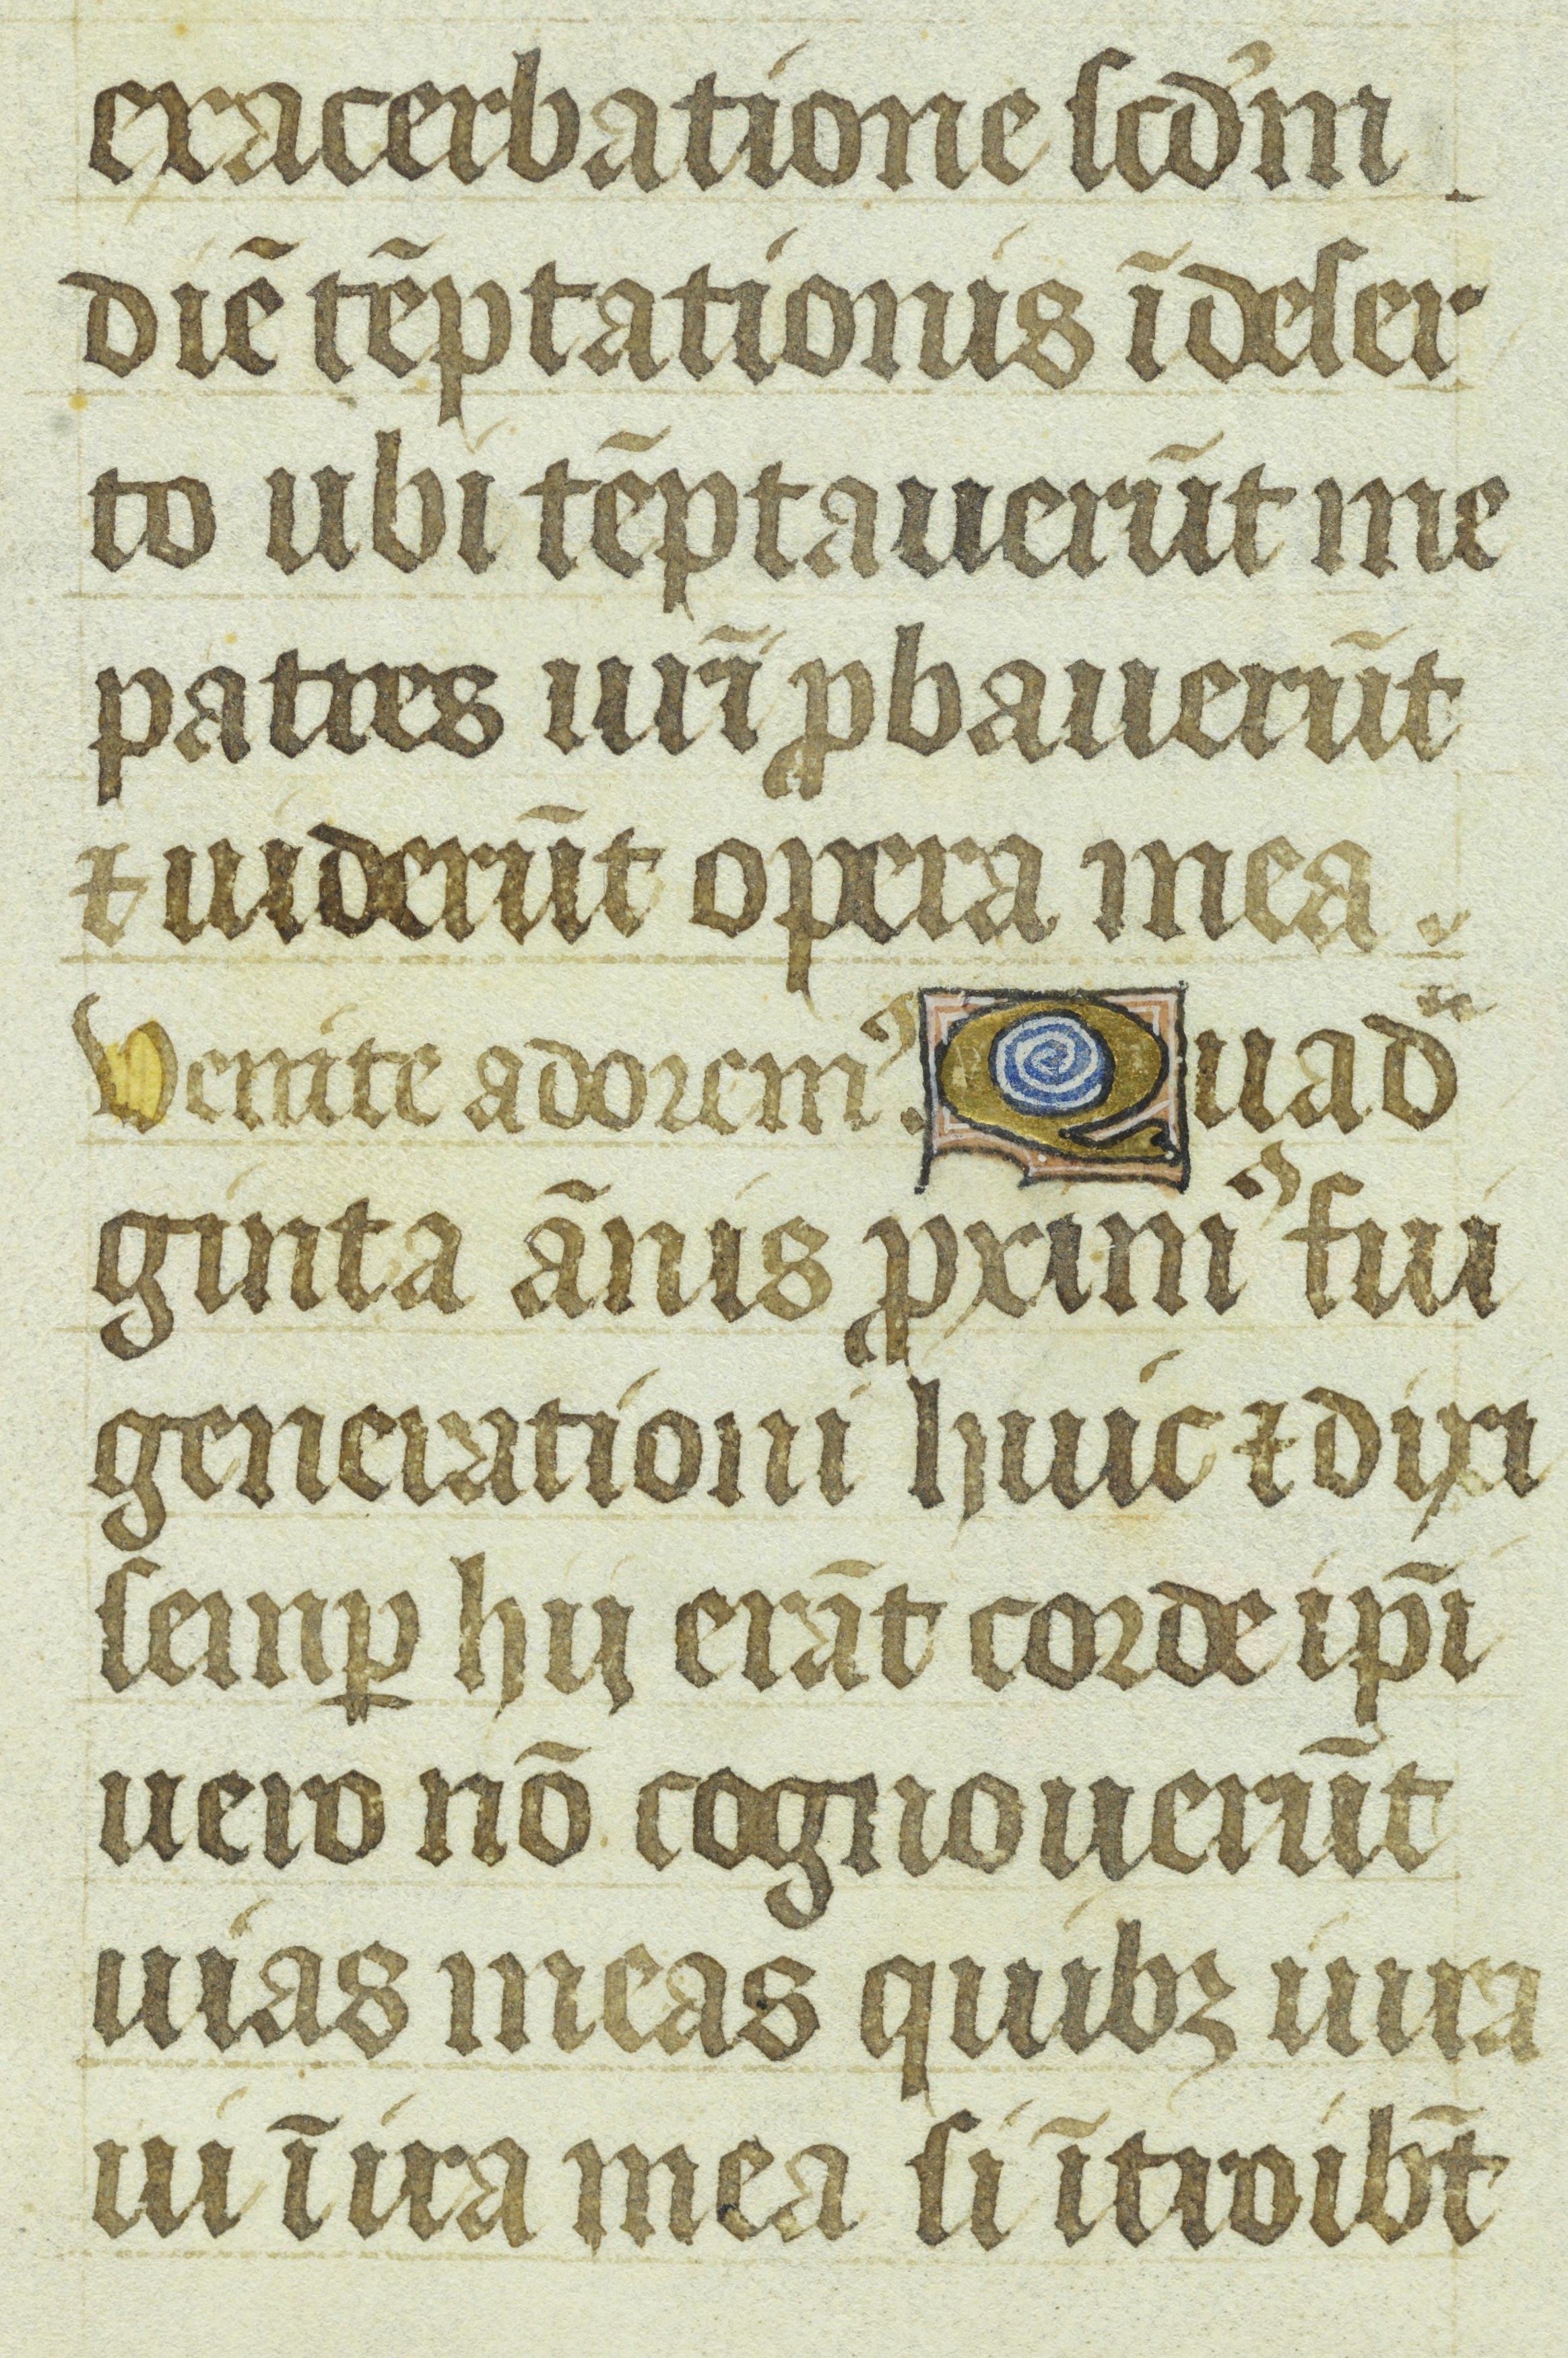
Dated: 1400–1449